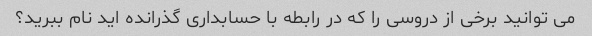
می توانید برخی از دروسی را که در رابطه با حسابداری گذرانده اید نام ببرید؟